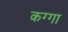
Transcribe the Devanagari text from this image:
कग्गा